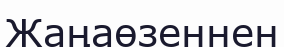
Жаңаөзеннен